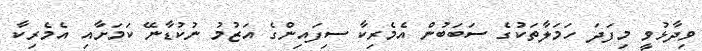
ވިދާޅުވީ މިފަދަ ހަމަލާތަކުގެ ސަބަބުން އެމެރިކާ ސިފައިންގެ އަޒުމު ނުކުޑާނޭ ކަމަށާއި އެމެރިކާ